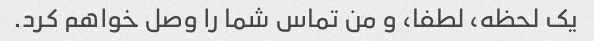
یک لحظه، لطفا، و من تماس شما را وصل خواهم کرد.